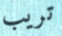
تريب